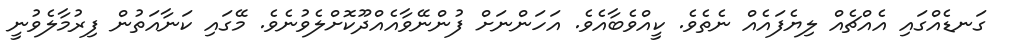
ގަނޑެއްގައި އެއްޗެއް ލިޔެފައެއް ނެތެވެ. ކީއްވެބާއެވެ. އަހަންނަށް ފުންނޭވާއެއްދޫކޮށްލެވުނެވެ. މޭގައި ކަނާއަތުން ފިރުމާލެވުނީ